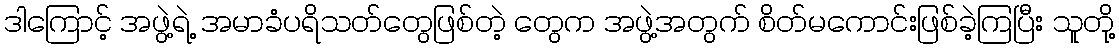
ဒါကြောင့် အဖွဲ့ရဲ့ အမာခံပရိသတ်တွေဖြစ်တဲ့ တွေက အဖွဲ့အတွက် စိတ်မကောင်းဖြစ်ခဲ့ကြပြီး သူတို့